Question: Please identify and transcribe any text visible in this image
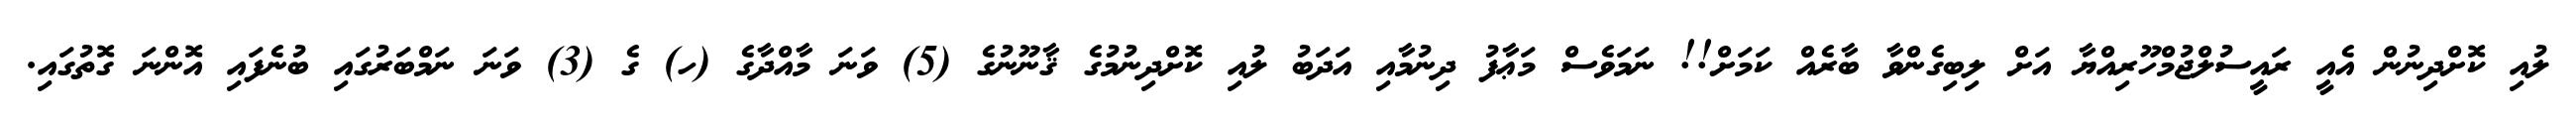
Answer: ލުއި ކޮށްދިނުން އެއީ ރައީސުލްޖުމްހޫރިއްޔާ އަށް ލިބިގެންވާ ބާރެއް ކަމަށް!! ނަމަވެސް މަޢާފު ދިނުމާއި އަދަބު ލުއި ކޮށްދިނުމުގެ ޤާނޫނުގެ (5) ވަނަ މާއްދާގެ (ހ) ގެ (3) ވަނަ ނަމްބަރުގައި ބުނެފައި އޮންނަ ގޮތުގައި.